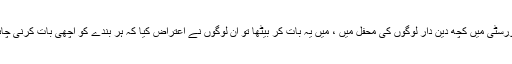
یونیورسٹی میں کچھ دین دار لوگوں کی محفل میں ، میں یہ بات کر بیٹھا تو ان لوگوں نے اعتراض کیا کہ ہر بندے کو اچھی بات کرنی چاہیے۔